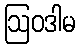
ဩဝဒါမ